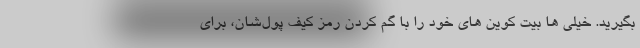
بگیرید. خیلی ها بیت کوین های خود را با گم کردن رمز کیف پول‌شان، برای